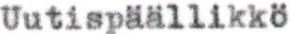
Uutispäällikkö